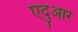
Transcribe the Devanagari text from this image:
एदुआर